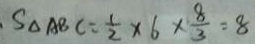
S _ { \Delta } A B C = \frac { 1 } { 2 } \times 6 \times \frac { 8 } { 3 } = 8